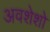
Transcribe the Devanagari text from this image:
अवशेशो